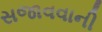
સજાવવાની